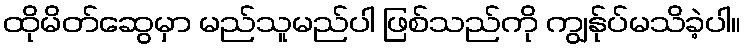
ထိုမိတ်ဆွေမှာ မည်သူမည်ပါ ဖြစ်သည်ကို ကျွန်ုပ်မသိခဲ့ပါ။